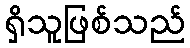
ရှိသူဖြစ်သည်